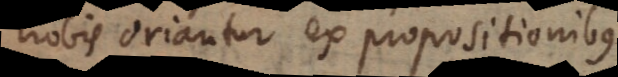
nobis oriantur ex propositionibus.